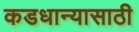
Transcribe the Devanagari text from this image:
कडधान्यासाठी